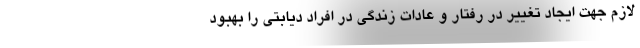
لازم جهت ایجاد تغییر در رفتار و عادات زندگی در افراد دیابتی را بهبود